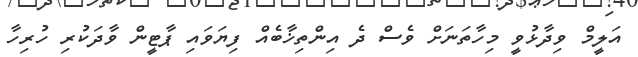
އަލީމް ވިދާޅުވީ މިހާތަނަށް ވެސް ދެ އިންތިޚާބެއް ފިޔަވައި ޕާޓީން ވާދަކުރި ހުރިހާ